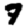
Digit: 7